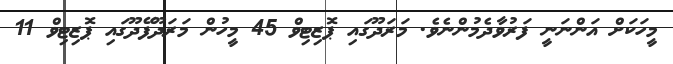
މީހަކަށް އަންނަނީ ފަރުވާދެމުންނެވެ. މަރަދޫގައި ޕޮޒިޓިވް 45 މީހުން މަރަދޫފޭދޫގައި ޕޮޒިޓިވް 11